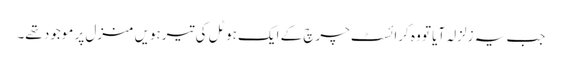
جب یہ زلزلہ آیا تو وہ کرائسٹ چرچ کے ایک ہوٹل کی تیرہویں منزل پر موجود تھے۔